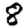
Digit: 8